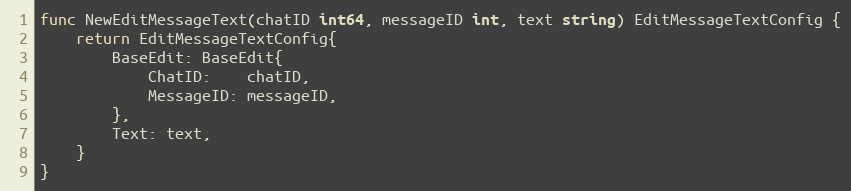
Language: Go
func NewEditMessageText(chatID int64, messageID int, text string) EditMessageTextConfig {
	return EditMessageTextConfig{
		BaseEdit: BaseEdit{
			ChatID:    chatID,
			MessageID: messageID,
		},
		Text: text,
	}
}